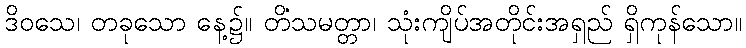
ဒိဝသေ၊ တခုသော နေ့၌။ တိံသမတ္တာ၊ သုံးကျိပ်အတိုင်းအရှည် ရှိကုန်သော။